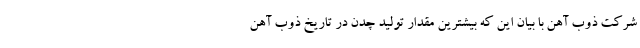
شرکت ذوب آهن با بیان این که بیشترین مقدار تولید چدن در تاریخ ذوب آهن